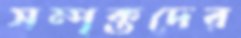
সম্পৃক্তদের